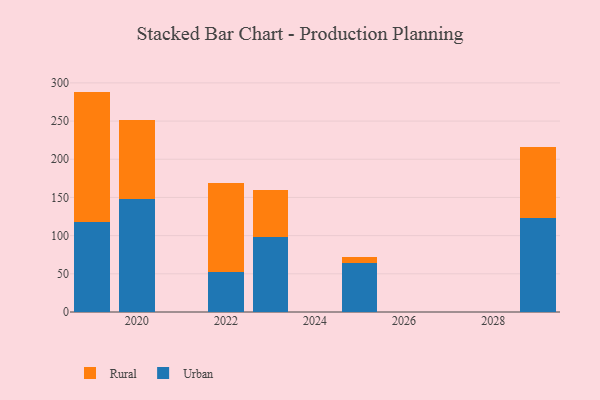
{"axis": {"x": "Year", "y": "Net Income (USD K)"}, "legend": ["Rural", "Urban"], "data": [{"x": "2025", "y": 64.6, "type": "Urban"}, {"x": "2025", "y": 7.5, "type": "Rural"}, {"x": "2029", "y": 123.4, "type": "Urban"}, {"x": "2029", "y": 92.5, "type": "Rural"}, {"x": "2019", "y": 117.8, "type": "Urban"}, {"x": "2019", "y": 170.8, "type": "Rural"}, {"x": "2020", "y": 148.0, "type": "Urban"}, {"x": "2020", "y": 103.3, "type": "Rural"}, {"x": "2023", "y": 98.5, "type": "Urban"}, {"x": "2023", "y": 61.5, "type": "Rural"}, {"x": "2022", "y": 52.7, "type": "Urban"}, {"x": "2022", "y": 116.7, "type": "Rural"}]}